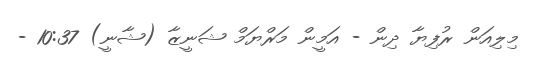
މިލިއަން ރުފިޔާ ދިން - އަމީން މަރްޔަމް ޝަނީޒާ (ޝާނީ) 10:37 -